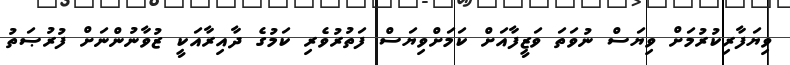
ވިޔަފާރިކުރުމަށް ވިޔަސް ނުވަތަ ވަޒީފާއަށް ކަމަށްވިޔަސް ފަތުރުވެރި ކަމުގެ ދާއިރާއަކީ ޒުވާނުންނަށް ފުރުޞަތު